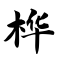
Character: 桦